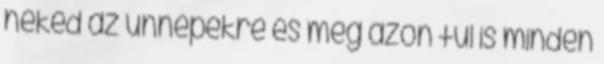
neked az ünnepekre és még azon túl is minden